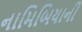
નામિબિયાની